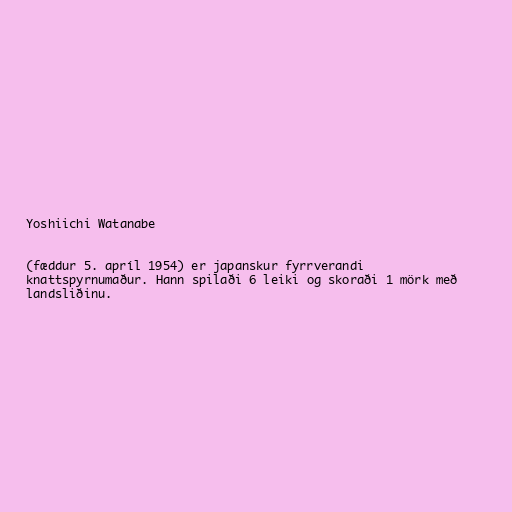
Yoshiichi Watanabe

(fæddur 5. apríl 1954) er japanskur fyrrverandi
knattspyrnumaður. Hann spilaði 6 leiki og skoraði 1 mörk með
landsliðinu.